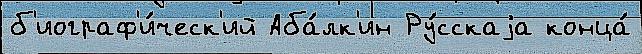
б'иограф'и́ческ'ий Аба́лк'ин Ру́сскаjа конца́